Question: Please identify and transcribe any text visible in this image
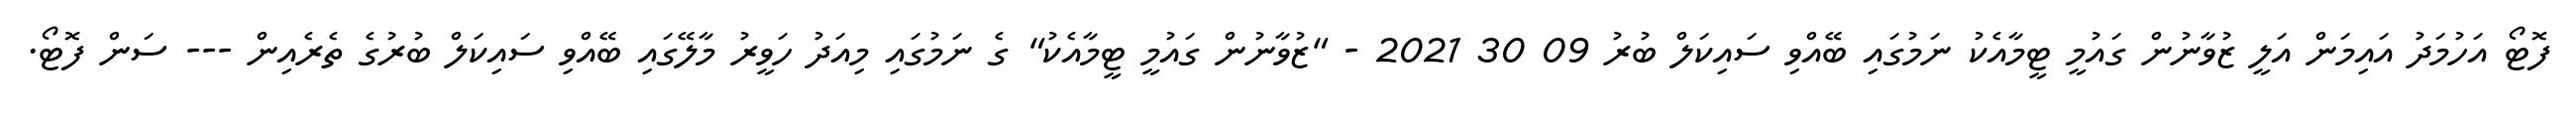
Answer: ފޮޓޯ އަހުމަދު އައިމަން އަލީ ޒުވާނުން ގައުމީ ޓީމާއެކު ނަމުގައި ބޭއްވި ސައިކަލް ބުރު 09 30 2021 - "ޒުވާނުން ގައުމީ ޓީމާއެކު" ގެ ނަމުގައި މިއަދު ހަވީރު މާލޭގައި ބޭއްވި ސައިކަލް ބުރުގެ ތެރެއިން --- ސަން ފޮޓޯ.